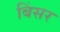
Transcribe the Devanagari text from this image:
बिंसर